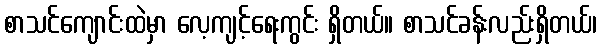
စာသင်ကျောင်းထဲမှာ လေ့ကျင့်ရေးကွင်း ရှိတယ်။ စာသင်ခန်းလည်းရှိတယ်၊